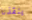
ينقذنا